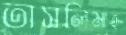
তাসলিমাহ